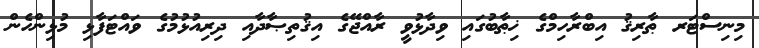
މިނިސްޓަރ ޠާރިޤު އިބްރާހިމްގެ ޚިޠާބުގައި ވިދާޅުވީ ރާއްޖޭގެ އިޤުތިޞާދާއި ދިރިއުޅުމުގެ ވައްޓަފާޅި މުޅިންހެން